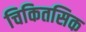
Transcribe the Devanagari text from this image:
चिकितसिक